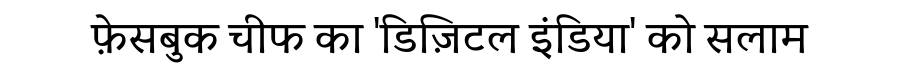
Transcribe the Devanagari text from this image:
फ़ेसबुक चीफ का 'डिज़िटल इंडिया' को सलाम